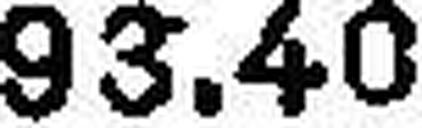
93.40